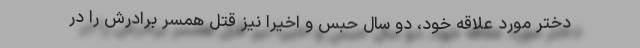
دختر مورد علاقه خود، دو سال حبس و اخیرا نیز قتل همسر برادرش را در